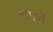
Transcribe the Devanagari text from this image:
मागणें